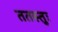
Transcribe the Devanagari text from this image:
ततस्तुः